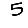
Digit: 5